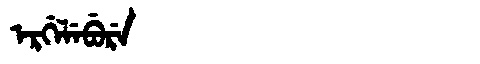
Manchu: ᡝᡵᡤᡝᠯᡝᠪᡠᡵᡝ
Romanization: ERGELEBURE